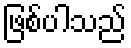
ဖြစ်ပါသည်